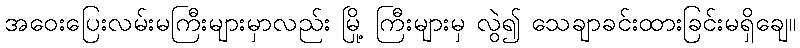
အဝေးပြေးလမ်းမကြီးများမှာလည်း မြို့ ကြီးများမှ လွဲ၍ သေချာခင်းထားခြင်းမရှိချေ။